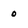
Character: 0